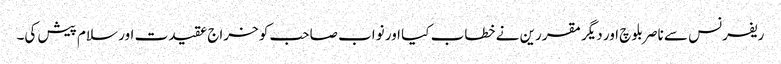
ریفرنس سے ناصر بلوچ اور دیگر مقررین نے خطاب کیا اور نواب صاحب کو خراج عقیدت اور سلام پیش کی۔